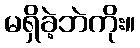
မရှိခဲ့ဘဲကိုး။